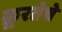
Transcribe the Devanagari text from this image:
क्रूरतेचे